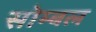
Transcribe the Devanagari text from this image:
सोम्बल